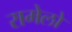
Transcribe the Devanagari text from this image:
रामेलो